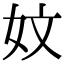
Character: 妏